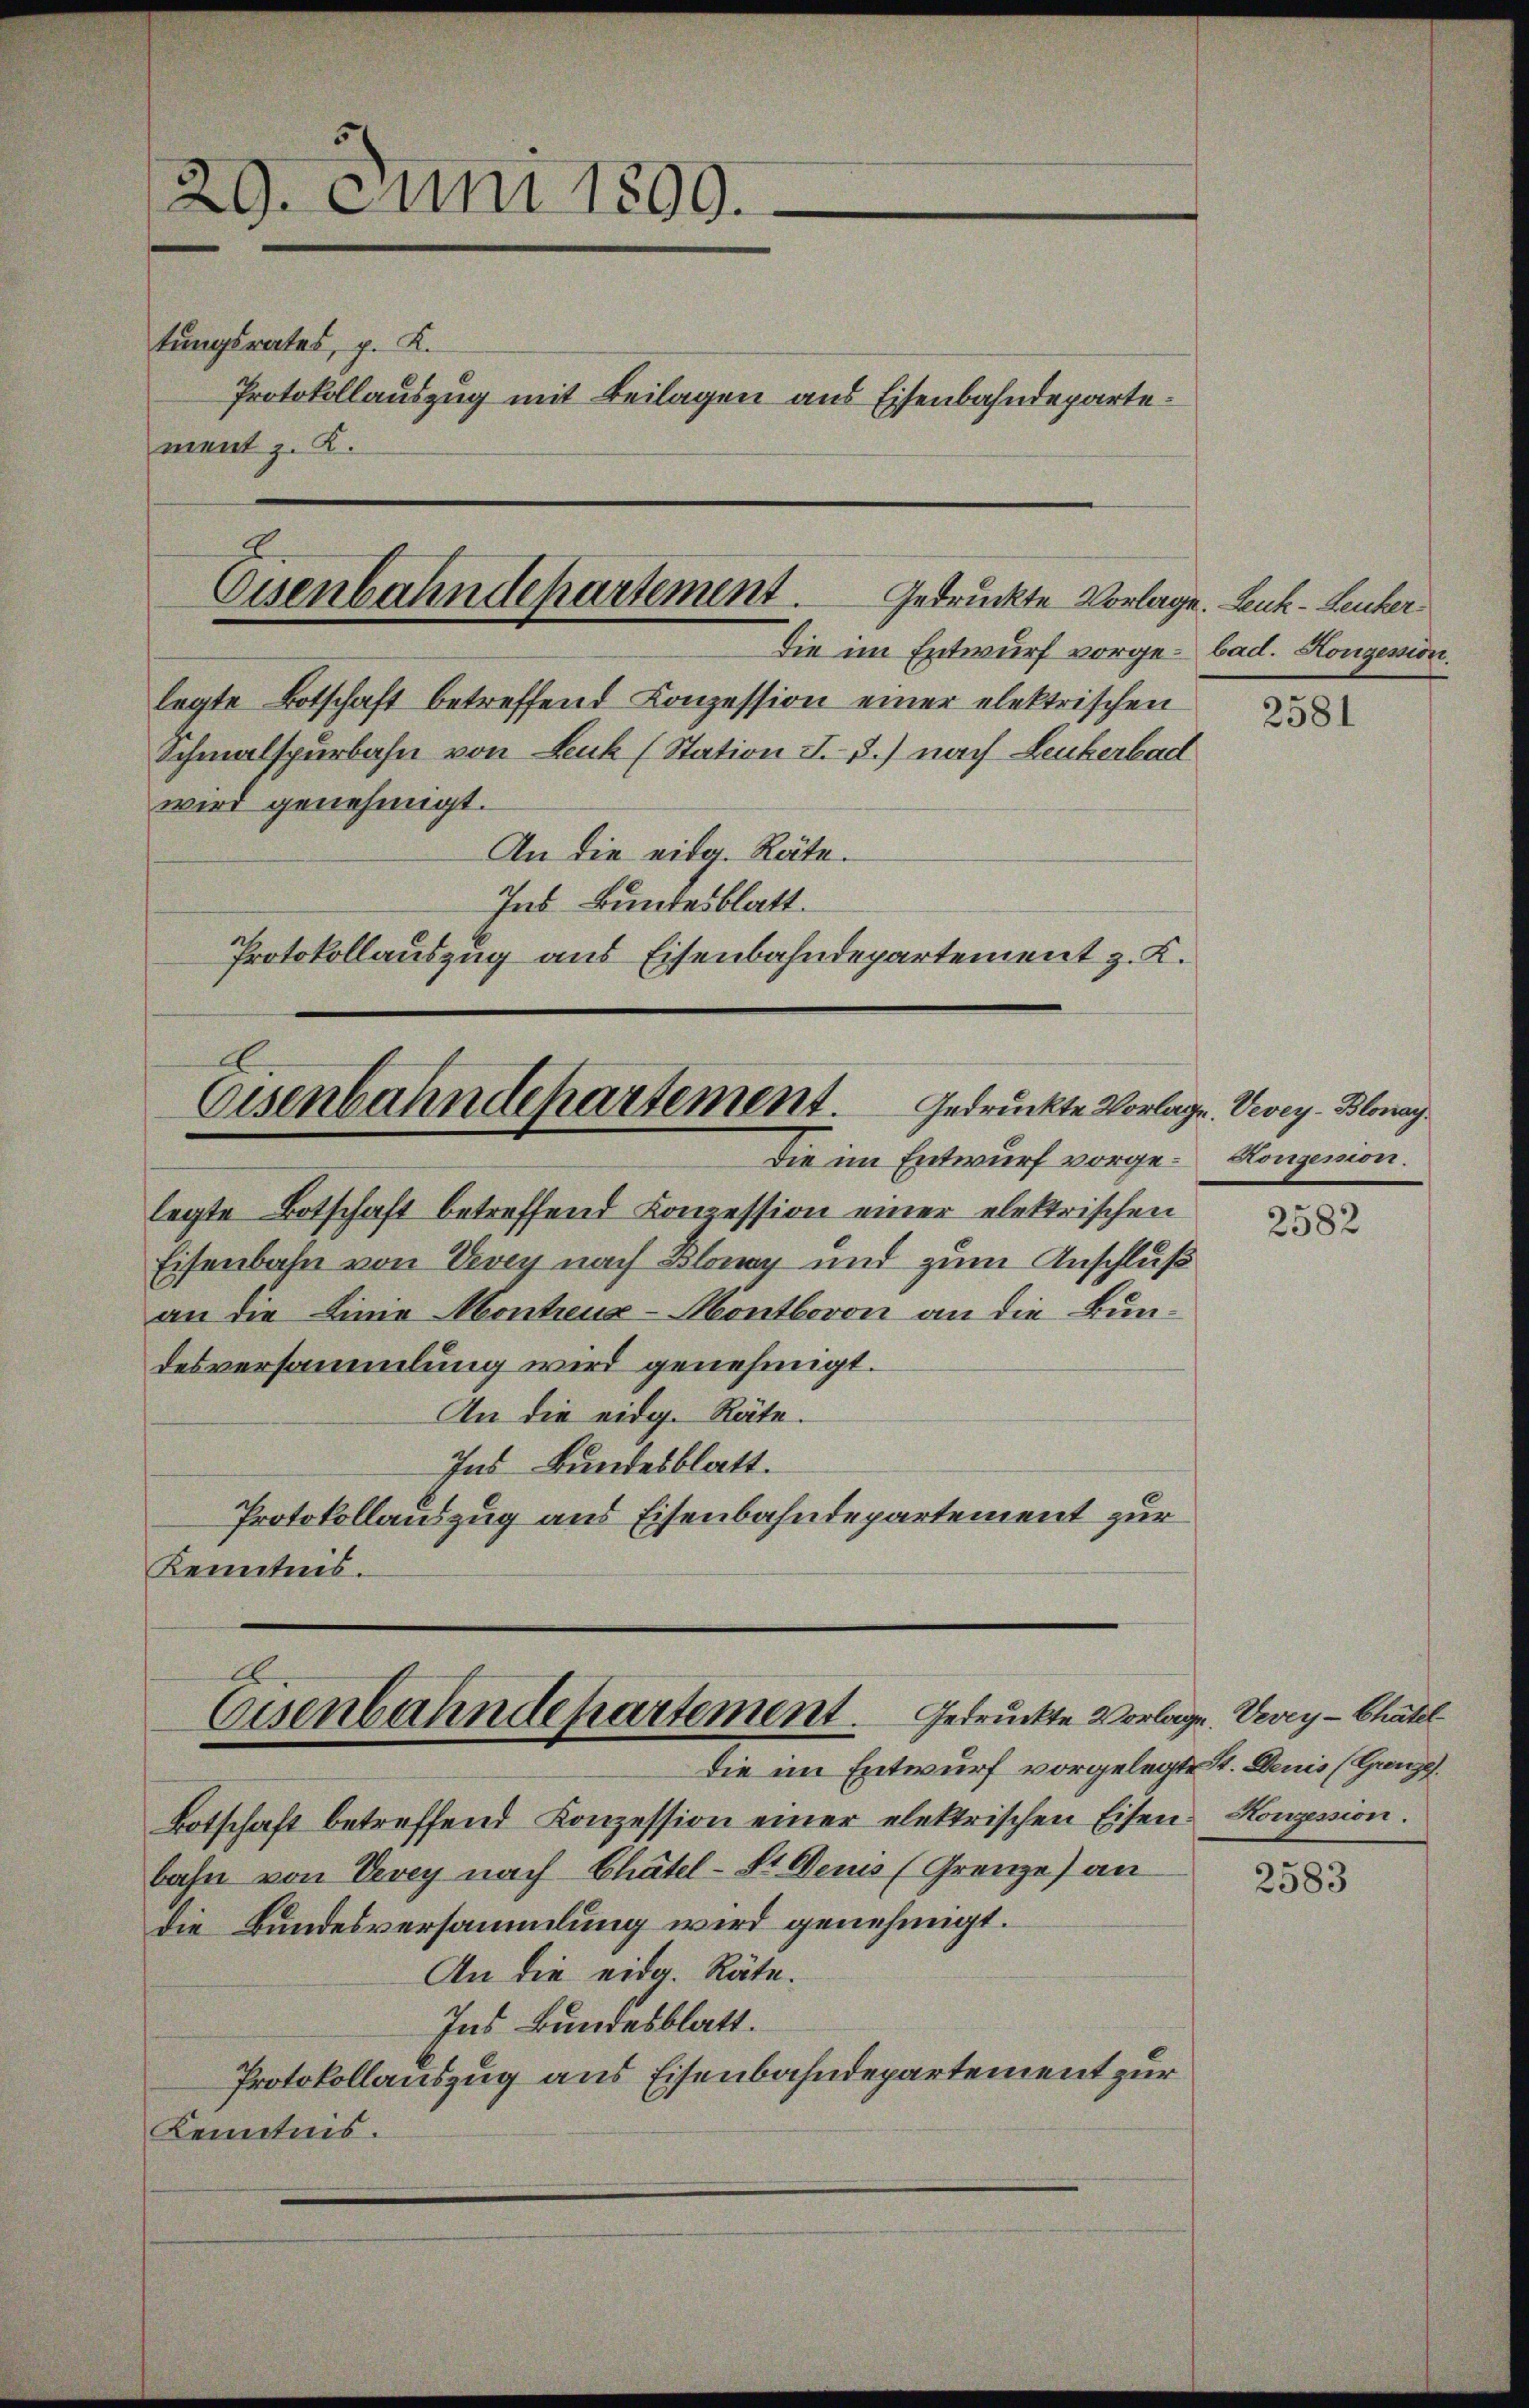
29. Juni 1899.
tungsrates, p. K.
Protokollauszug mit Beilagen aus Eisenbahndepartement z. K.

legte Botschaft betreffend Konzession einer elektrischen
Schmalspurbahn von Luk (Station I. 3.) nach Leukerbad
wird genehmigt.
An die eidg. Räte.
Ind Bundesblatt.
Protokollauszug aus Eisenbahndepartement z. L.

Gedruckte Vorlage. Vevey-Blonay
Eisenbahndepartement.
Die im Entwurf vorge-Konsenion.

E
Eisenbahndepartement.
Die im Entwurf vorgelegte St. Denis (Grenze.

Eisenbahndepartement.
Gedrückte Vorlage. Leuk-Leucher
Die im Entwurf vorge- bad. Konzession.

Botschaft betreffend Konzession einer elektrischen Eisen Konzession.
bahn von Vevey nach Chätel-St. Genis (Grenze) an
die Bundesversammlung wird genehmigt.
An die eidg. Räte.
Ins Bundesblatt.
Protokollauszug aus Eisenbahndepartement zur
Kenntnis.

legte Botschaft betreffend Konzession einer elektrischen
Eisenbahn von Vevey nach Blonay und zum Anschluß
an die Linie Montreux-Montbovon an die Bundesversammlung wird genehmigt.
An die eidg. Räte.
Ins Bundesblatt.
Protokollauszug aus Eisenbahndepartement zur
Kenntnis.

2581

2582

Gedruckte Vorlage. Vevey -Chatel

2583